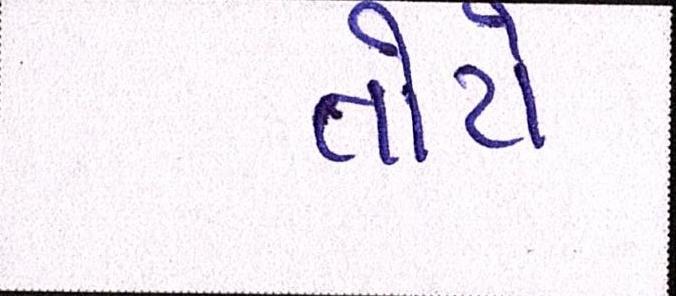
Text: તોયે